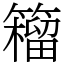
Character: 籕